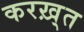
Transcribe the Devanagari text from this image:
करख़्त